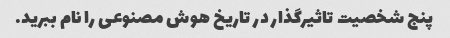
پنج شخصیت تاثیرگذار در تاریخ هوش مصنوعی را نام ببرید.